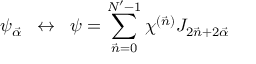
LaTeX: \psi _ { \vec { \alpha } } \; \; \leftrightarrow \; \; \psi = \sum _ { \vec { n } = 0 } ^ { N ^ { \prime } - 1 } \chi ^ { ( \vec { n } ) } J _ { 2 \vec { n } + 2 \vec { \alpha } }